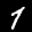
Label: 7